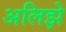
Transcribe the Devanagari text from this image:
अलिझे